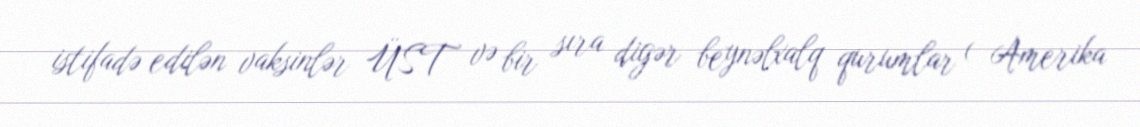
istifadə edilən vaksinlər ÜST və bir sıra digər beynəlxalq qurumlar ( Amerika